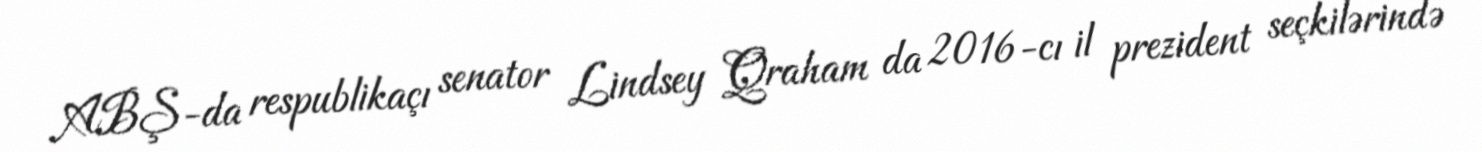
ABŞ-da respublikaçı senator Lindsey Qraham da 2016-cı il prezident seçkilərində